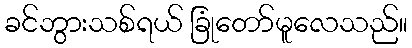
ခင်ဘွားသစ်ရယ် ခြုံတော်မူလေသည်။